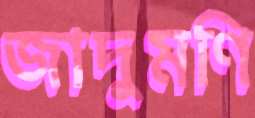
জাদুমণি